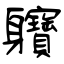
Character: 軉